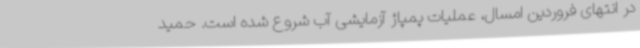
در انتهای فروردین امسال، عملیات پمپاژ آزمایشی آب شروع شده است. حمید